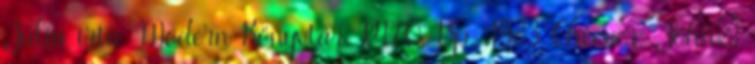
Júlia írta. Modern Könyvtár. P170. Bp., 1983 Cheever, John: